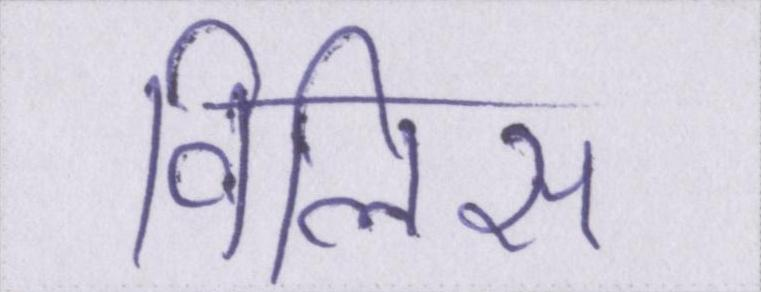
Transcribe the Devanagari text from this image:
विलिस